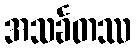
အသင်္ခတဿ